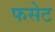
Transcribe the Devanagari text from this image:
फसेट